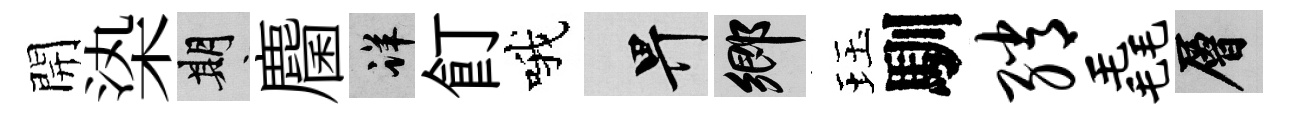
開𣑱期麕详飣哦畀鄉珏馴绡毳層